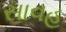
સાવહ